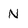
Character: N